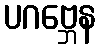
ပဂဗ္ဘေန